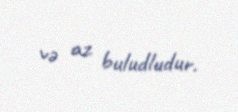
və az buludludur.